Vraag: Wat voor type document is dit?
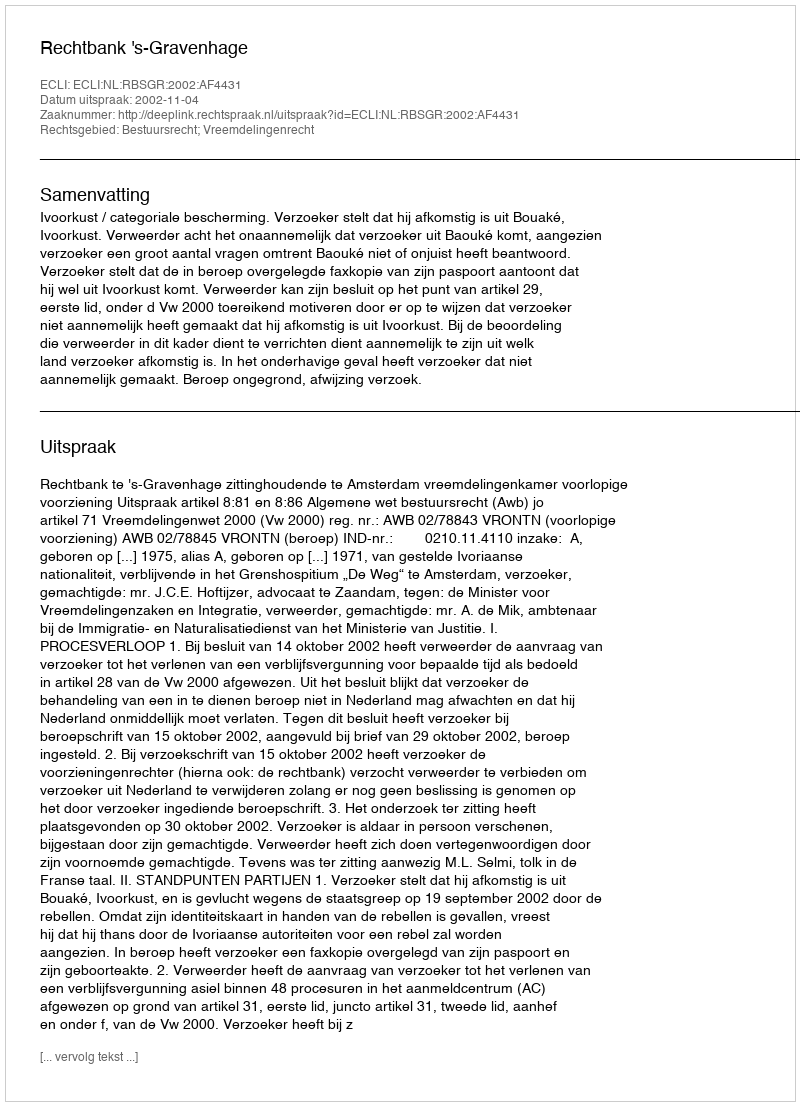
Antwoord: Uitspraak